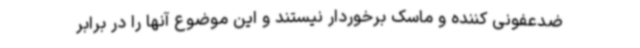
ضدعفونی کننده و ماسک برخوردار نیستند و این موضوع آنها را در برابر